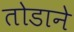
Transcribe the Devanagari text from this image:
तोडाने